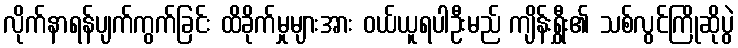
လိုက်နာရန်ပျက်ကွက်ခြင်း ထိခိုက်မှုများအား ဝယ်ယူရပါဦးမည် ကျိန်းရွှီး၏ သစ်လွင်ကြိုဆိုပွဲ